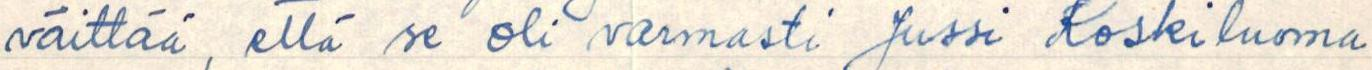
väittää, että se oli varmasti Jussi Koskiluoma